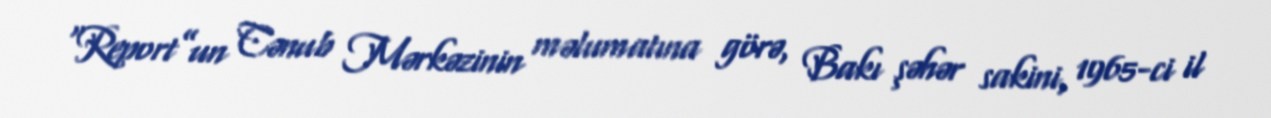
“Report”un Cənub Mərkəzinin məlumatına görə, Bakı şəhər sakini, 1965-ci il